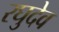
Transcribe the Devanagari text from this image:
रघुदेव